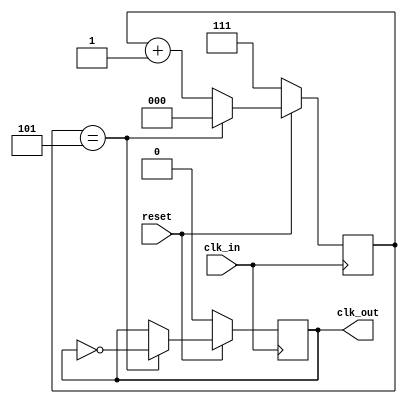
module clk_div(input  reset,
	       input  clk_in,
	       output reg clk_out);

	reg [2:0] count;

	always @(posedge clk_in) begin
		if (!reset) begin
			clk_out <= 1'b0;
			count <= 3'b111;
		end
		else if (count == 5) begin
			clk_out <= ~clk_out;
			count <= 0;
		end
		else begin
			count <= count + 1;
		end
	end
endmodule